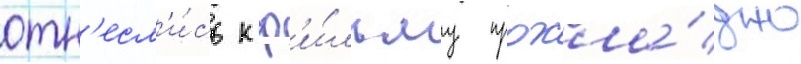
отн'есл'и́сь к ф'и́льму прохла́дно